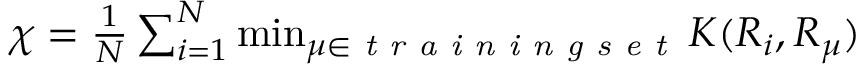
\begin{array} { r } { \chi = \frac { 1 } { N } \sum _ { i = 1 } ^ { N } \operatorname* { m i n } _ { \mu \in \textit { t r a i n i n g s e t } } K ( R _ { i } , R _ { \mu } ) } \end{array}